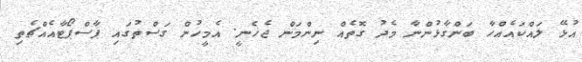
އުޅޭ ލައްކައެއްހާ ބަންގާޅުންނާ މެދު ގޮތެއް ނިންމަން ޖެހެނީ. އެމީހުން ގަސްތުގައި ޕާސްޕޯޓާއެއްޗެތި